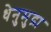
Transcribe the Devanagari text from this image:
धेनुमुद्रा